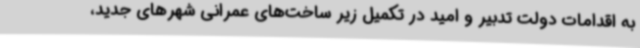
به اقدامات دولت تدبیر و امید در تکمیل زیر ساخت‌های عمرانی شهرهای جدید،